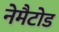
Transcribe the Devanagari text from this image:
नेमैटोड